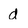
Character: d